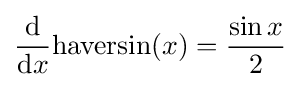
{\frac {\mathrm {d} }{\mathrm {d} x}}\mathrm {haversin} (x)={\frac {\sin {x}}{2}}